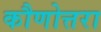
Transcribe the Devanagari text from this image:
कौणोत्तरा